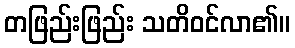
တဖြည်းဖြည်း သတိဝင်လာ၏။